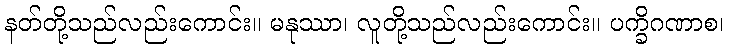
နတ်တို့သည်လည်းကောင်း။ မနုဿာ၊ လူတို့သည်လည်းကောင်း။ ပက္ခိဂဏာစ၊